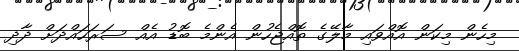
މިހެން މިކަން އޮއްވައި މާލޭގެ ތޮއްޖެހުން އެންމެ ބޮޑު އެއް ސަރަހައްދަށް ދާދި